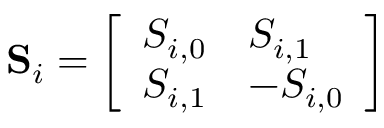
\mathbf { S } _ { i } = \left[ \begin{array} { l l } { S _ { i , 0 } } & { S _ { i , 1 } } \\ { S _ { i , 1 } } & { - S _ { i , 0 } } \end{array} \right]